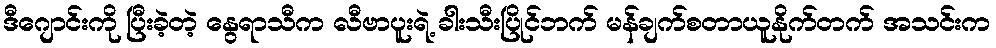
ဒီဂျောင်းကို ပြီးခဲ့တဲ့ နွေရာသီက လီဗာပူးရဲ့ ခါးသီးပြိုင်ဘက် မန်ချက်စတာယူနိုက်တက် အသင်းက